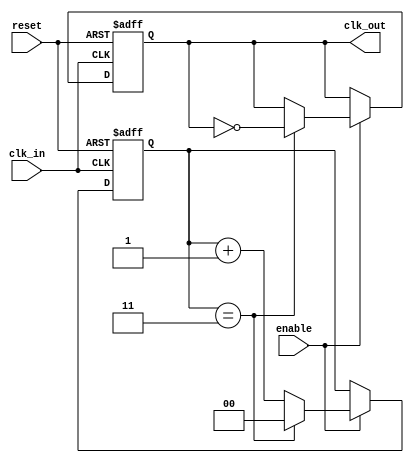
module clock_divider #(
    parameter N = 4 // Division factor, can be adjusted as needed
)(
    input wire clk_in,      // Input clock
    input wire reset,       // Asynchronous reset
    input wire enable,      // Enable signal
    output reg clk_out      // Output divided clock
);

    reg [$clog2(N)-1:0] counter; // Counter to keep track of clock cycles

    always @(posedge clk_in or posedge reset) begin
        if (reset) begin
            counter <= 0;      // Reset the counter
            clk_out <= 0;      // Reset the output clock
        end else if (enable) begin
            if (counter == (N - 1)) begin
                counter <= 0;  // Reset counter
                clk_out <= ~clk_out; // Toggle output clock
            end else begin
                counter <= counter + 1; // Increment counter
            end
        end
    end

endmodule